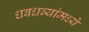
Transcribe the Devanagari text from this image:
धबधब्यांमध्ये